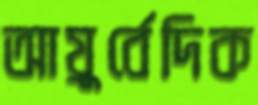
আয়ুর্বেদিক